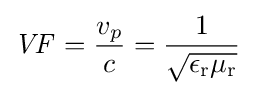
{\mathit {VF}}={v_{p} \over c}={1 \over {\sqrt {\epsilon _{\text{r}}\mu _{\text{r}}}}}